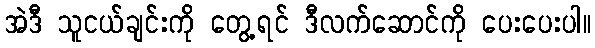
အဲဒီ သူငယ်ချင်းကို တွေ့ရင် ဒီလက်ဆောင်ကို ပေးပေးပါ။